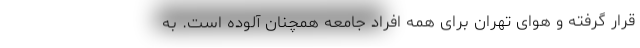
قرار گرفته و هوای تهران برای همه افراد جامعه همچنان آلوده است. به